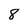
Character: 8